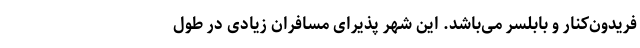
فریدون­‌کنار و بابلسر می‌­باشد. این شهر پذیرای مسافران زیادی در طول